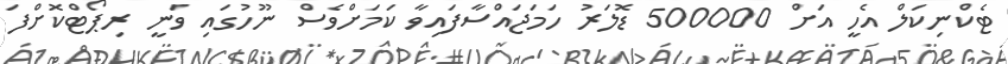
ޓެކްނިކަލް އެހީ އަށް 500000 ޑޮލަރު ހަމަޖައްސާފައިވާ ކަމަށްވެސް ނޫހުގައި ވަނީ ރިޕޯޓްކޮށްފަ